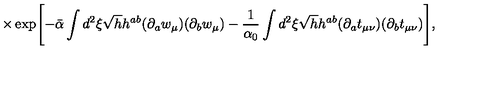
\times \exp \Biggl [ - \bar { \alpha } \int d ^ { 2 } \xi \sqrt { h } h ^ { a b } ( \partial _ { a } w _ { \mu } ) ( \partial _ { b } w _ { \mu } ) - \frac { 1 } { \alpha _ { 0 } } \int d ^ { 2 } \xi \sqrt { h } h ^ { a b } ( \partial _ { a } t _ { \mu \nu } ) ( \partial _ { b } t _ { \mu \nu } ) \Biggr ] ,